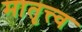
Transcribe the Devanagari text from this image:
मातृत्त्व